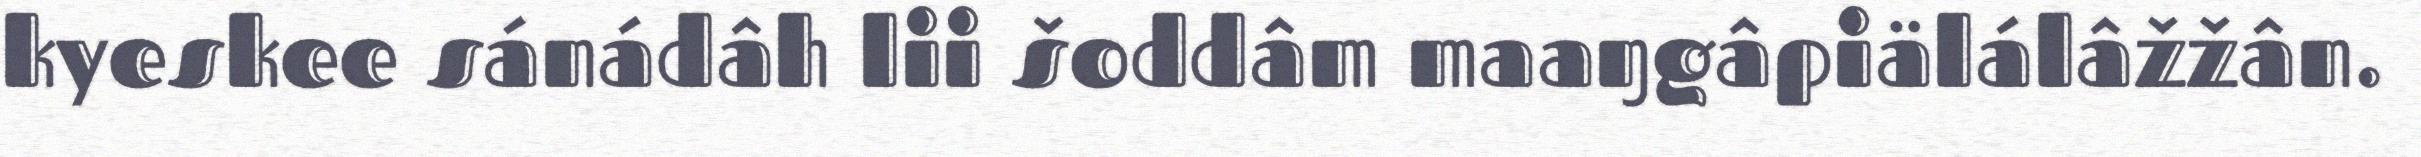
kyeskee sánádâh lii šoddâm maaŋgâpiälálâžžân.